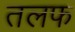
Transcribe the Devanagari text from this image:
तलफ